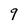
Character: 9